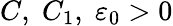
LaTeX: C,\; C_{1},\; \varepsilon_{0}>0